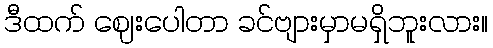
ဒီထက် ဈေးပေါတာ ခင်ဗျားမှာမရှိဘူးလား။